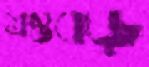
মস্তবড়